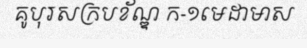
គូបុរសក្របខ័ណ្ឌ ក-១មេដាមាស